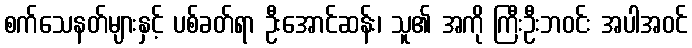
စက်သေနတ်များနှင့် ပစ်ခတ်ရာ ဦးအောင်ဆန်း၊ သူ၏ အကို ကြီးဦးဘဝင်း အပါအဝင်